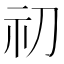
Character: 𥘉